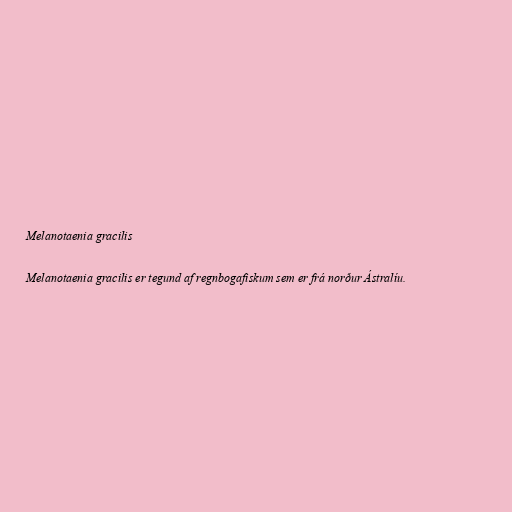
Melanotaenia gracilis

Melanotaenia gracilis er tegund af regnbogafiskum sem er frá norður Ástralíu.